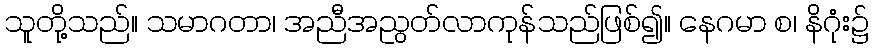
သူတို့သည်။ သမာဂတာ၊ အညီအညွတ်လာကုန်သည်ဖြစ်၍။ နေဂမာ စ၊ နိဂုံး၌